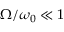
\Omega / \omega _ { 0 } \ll 1